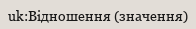
uk:Відношення (значення)